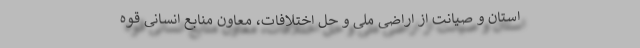
استان و صیانت از اراضی ملّی و حل اختلافات، معاون منابع انسانی قوه